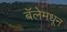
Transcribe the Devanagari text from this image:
बॅलेमधून